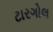
ટારગોલ